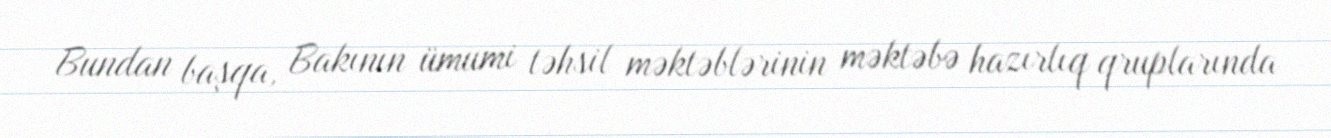
Bundan başqa, Bakının ümumi təhsil məktəblərinin məktəbə hazırlıq qruplarında